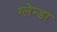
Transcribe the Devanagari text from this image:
ग्लेन्डा